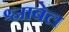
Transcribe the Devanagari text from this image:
श्नाबेल